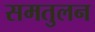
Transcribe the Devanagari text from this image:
समतुलन